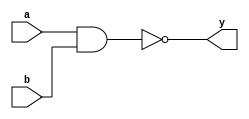
`timescale 1ns / 1ps
//////////////////////////////////////////////////////////////////////////////////
// Company: 
// Engineer: 
// 
// Design Name: 
// Module Name: nand_1
// Project Name: 
// Target Devices: 
// Tool Versions: 
// Description: 
// 
// Dependencies: 
// 
// Revision:
// Revision 0.01 - File Created
// Additional Comments:
// 
//////////////////////////////////////////////////////////////////////////////////


module nand_1(a,b,y);
input a,b;
output y;
assign y=~(a&b);
endmodule